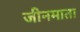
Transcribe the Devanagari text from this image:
जीनमाता